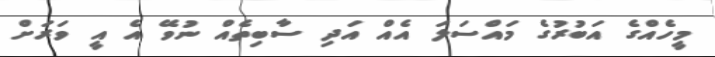
މީހެއްގެ އަބުރުގެ މައްސަލަ އެއް އަދި ސާބިތެއް ނުވޭ އެ އީ ވަރަށް